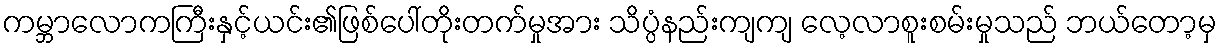
ကမ္ဘာလောကကြီးနှင့်ယင်း၏ဖြစ်ပေါ်တိုးတက်မှုအား သိပ္ပံနည်းကျကျ လေ့လာစူးစမ်းမှုသည် ဘယ်တော့မှ